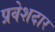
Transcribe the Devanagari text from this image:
प्रवेशदार